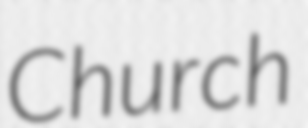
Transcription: Church